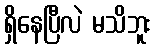
ရှိနေပြီလဲ မသိဘူး